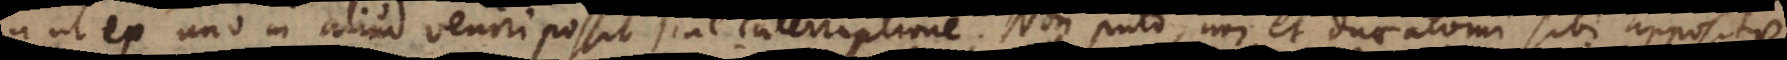
it ut ex uno in aliud veniri possit sine interruptione? Non puto, nam et duae atomi sibi appositae